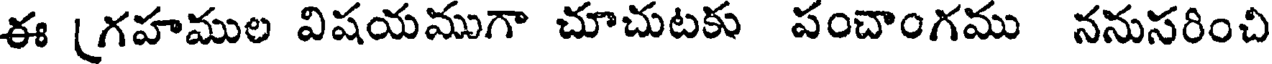
ఈ [గహముల విషయముగా చూచుటకు పంచాంగము ననుసరించి